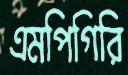
এমপিগিরি